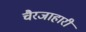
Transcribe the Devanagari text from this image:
चैरजाहारी